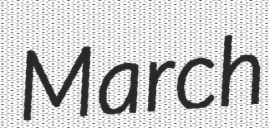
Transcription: March